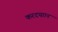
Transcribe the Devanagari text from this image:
करदयाान